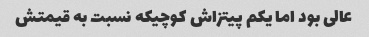
عالی بود اما یکم پیتزاش کوچیکه نسبت به قیمتش